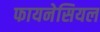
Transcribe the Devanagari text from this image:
फायनेसियल